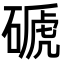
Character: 磃